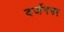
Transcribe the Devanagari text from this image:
दर्जनभर